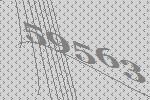
59563